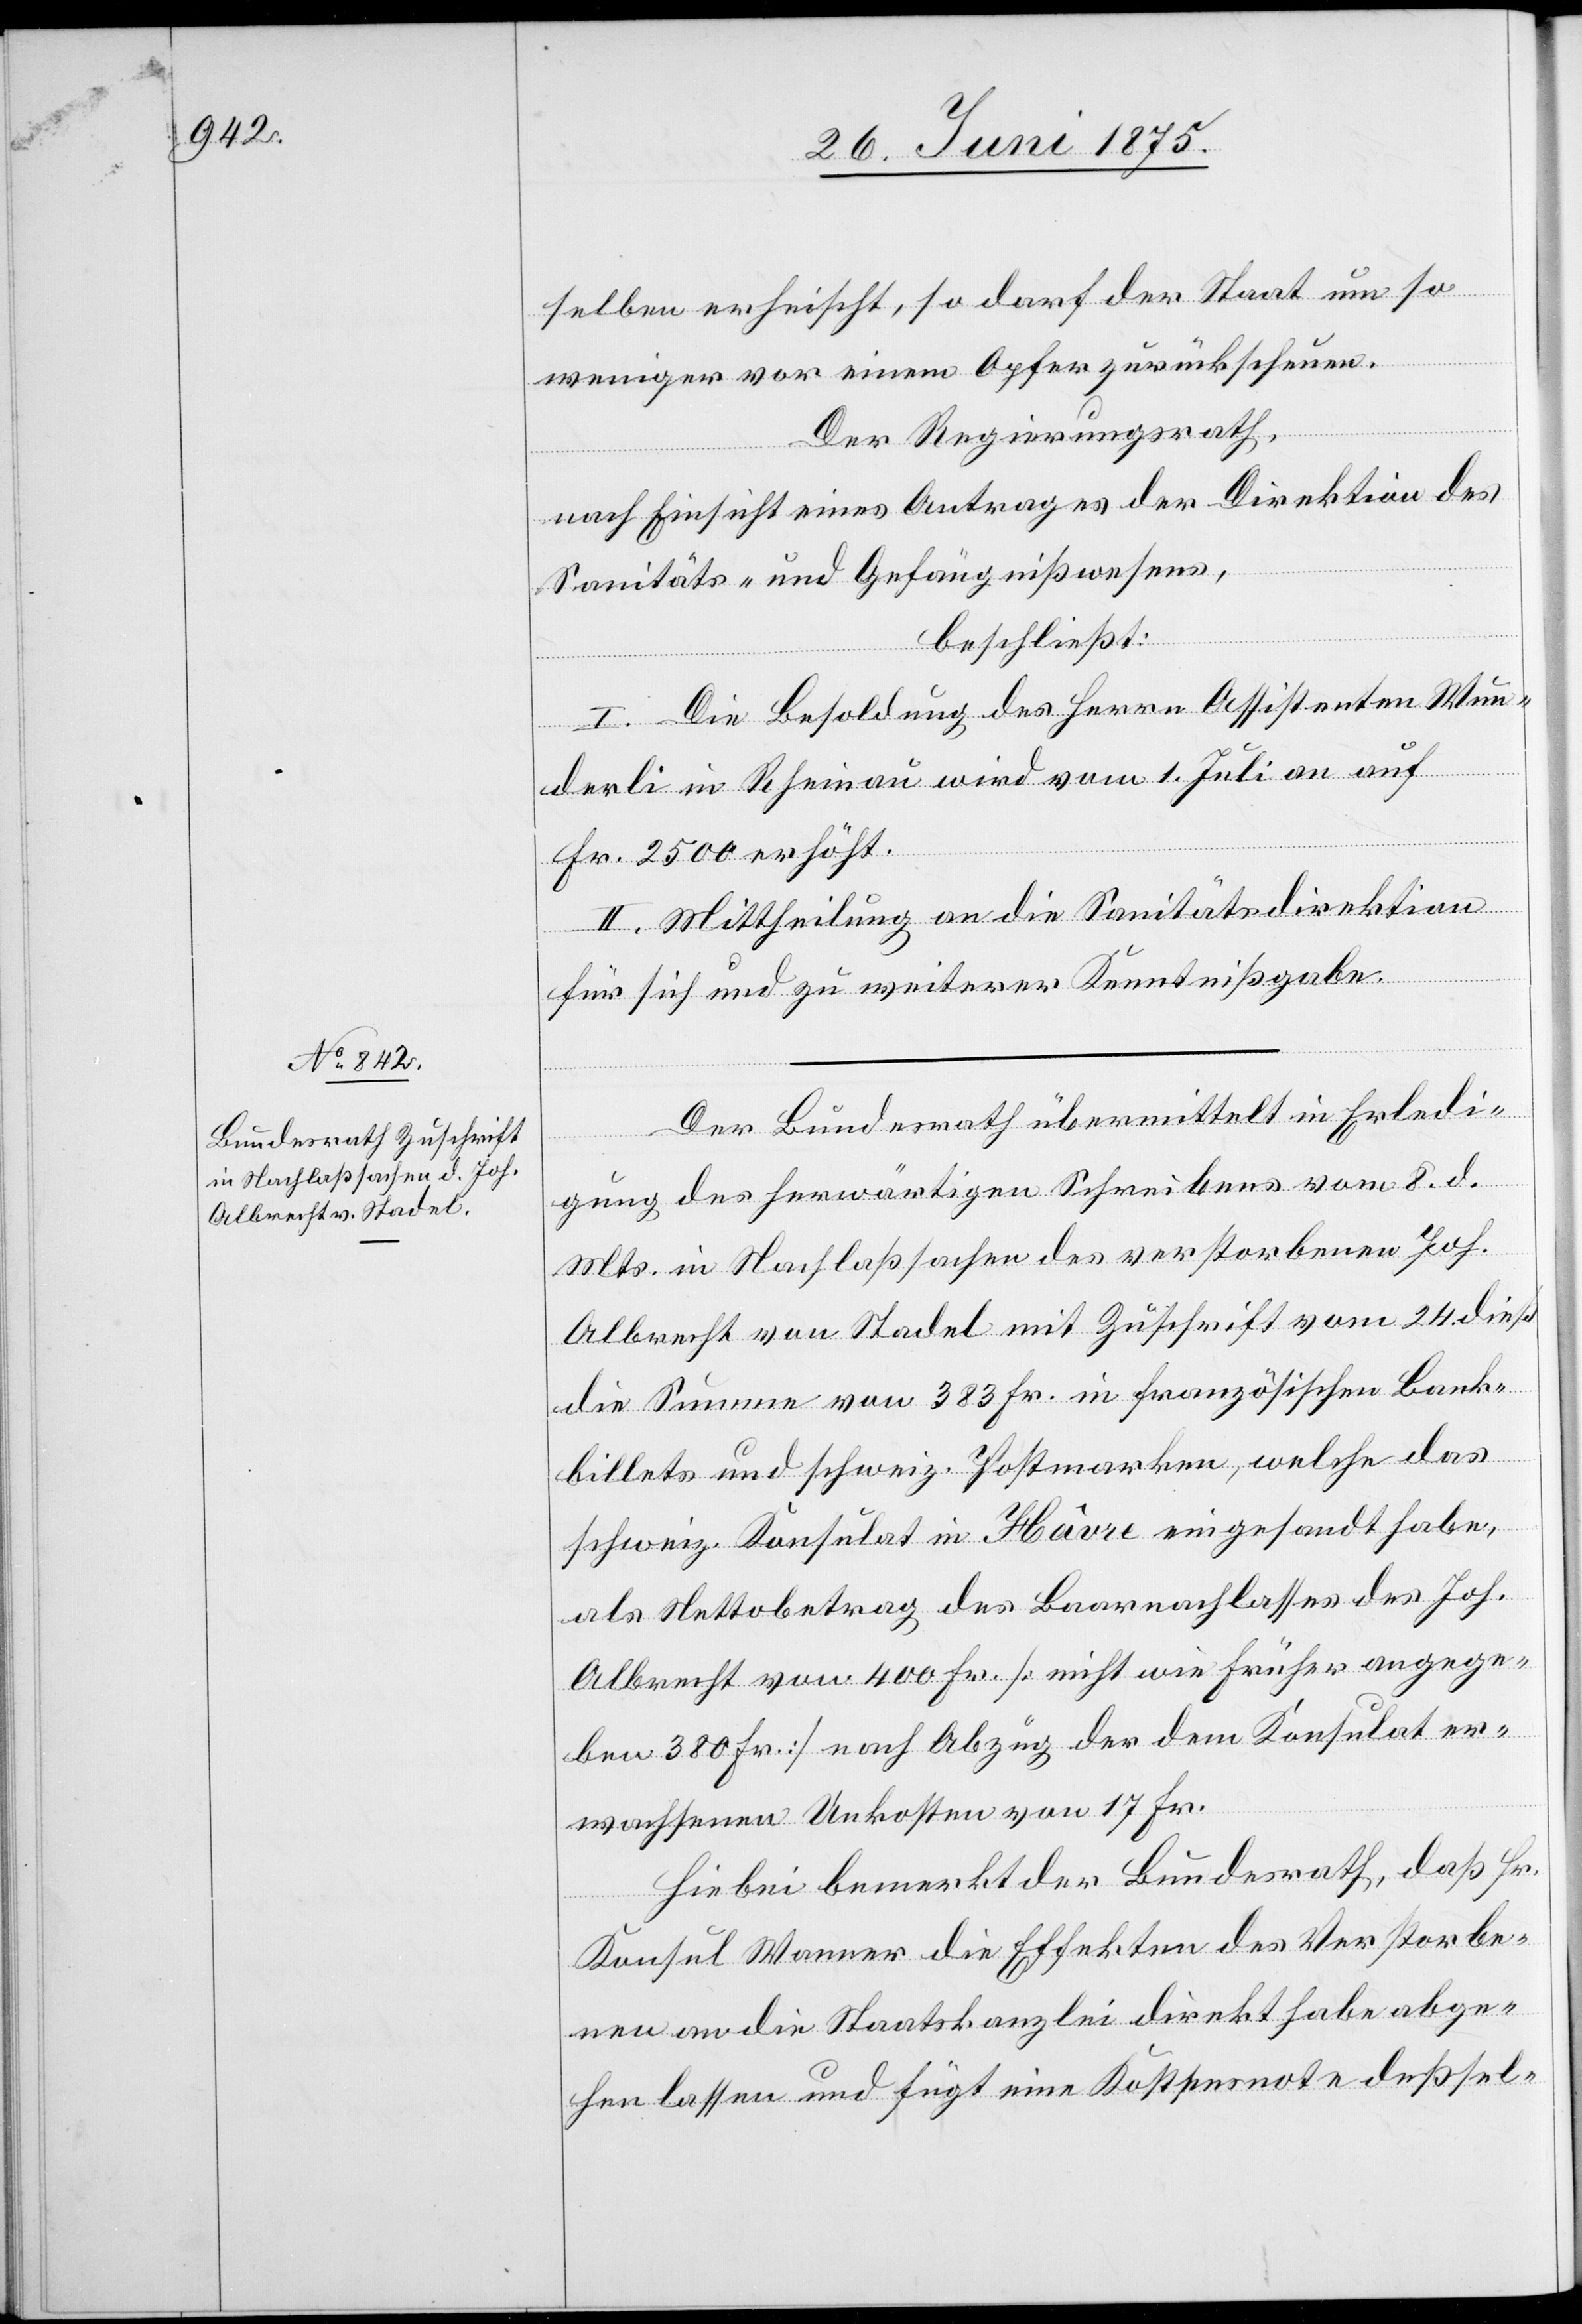
28. Juni 1875.]
selben erheischt, so darf der Staat um so
weniger vor einem Opfer zurückscheuen.
Der Regierungsrath,
nach Einsicht eines Antrages der Direktion des
Sanitäts- und Gefängnißwesens,
beschließt:
I. Die Besoldung des Herrn Assistenten Wun¬
derli in Rheinau wird vom 1. Juli an auf
Fr. 2500 erhöht.
II. Mittheilung an die Sanitätsdirektion
für sich und zu weiterer Kenntnißgabe.
Der Bundesrath übermittelt in Erledi¬
gung des herwärtigen Schreibens vom 8. d.
Mts. in Nachlaßsachen dess verstorbenen Joh.
Albrecht von Stadel mit Zuschrift vom 24. dieß
die Summe von 383 Fr. in französischen Bank¬
billets und schweiz. Postmarken, welche das
schweiz. Konsulat in Hâvre eingesandt habe,
als Nettobetrag des Baarnachlasses des Joh.
Albrecht von 400 Fr. [nicht wie früher angege¬
ben 380 Fr.] nach Abzug der dem Konsulat er¬
wachsenen Unkosten von 17 Fr.
Hiebei bemerkt der Bundesrath, daß Hr.
Konsul Wanner die Effekten des Verstorbe¬
nen an die Staatskanzlei direkt habe abge¬
hen lassen und fügt eine Kostensnote deßsel-